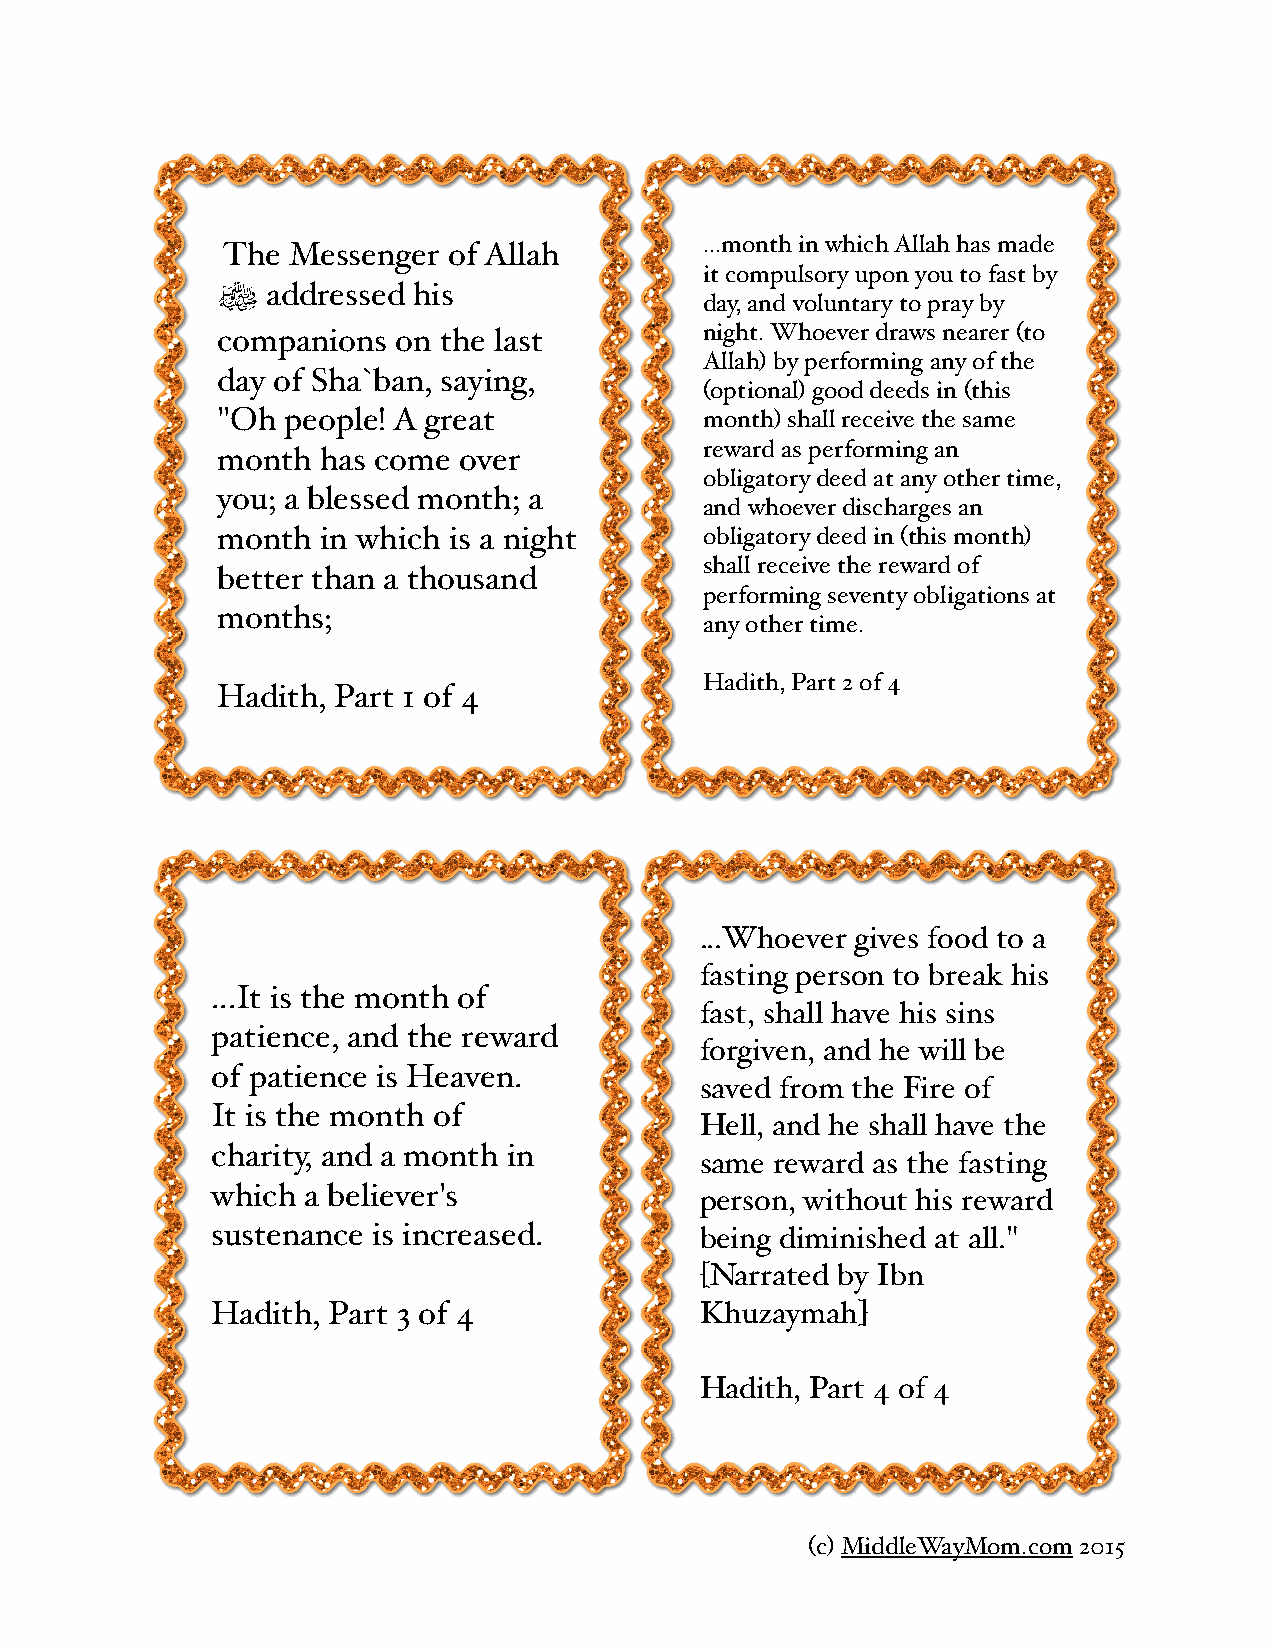
...month in which Allah has made
 The Messenger  of Allah
 it compulsory upon you to fast by
 ﷺ   addressed his
 day, and voluntary to pray by
 companions  on the last          night. Whoever draws nearer (to
 Allah) by performing any of the
 day of Sha`ban, saying,
 (optional) good deeds in (this
 "Oh  people! A great             month) shall receive the same
 reward as performing an
 month  has come over
 obligatory deed at any other time,
 you; a blessed month; a
 and whoever discharges an
 month  in which is a night       obligatory deed in (this month)
 shall receive the reward of
 better than a thousand
 performing seventy obligations at
 months;
 any other time.
 Hadith, Part 2 of 4
 Hadith, Part 1 of 4
 ...Whoever gives food to a
 fasting person to break his
 ...It is the month of
 fast, shall have his sins
 patience, and the reward
 forgiven, and he will be
 of patience is Heaven.
 saved from the Fire of
 It is the month of
 Hell, and he shall have the
 charity, and a month in
 same reward as the fasting
 which a believer's              person, without his reward
 sustenance is increased.        being diminished at all."
 [Narrated by Ibn
 Hadith, Part 3 of 4             Khuzaymah]
 Hadith, Part 4 of 4
 (c) MiddleWayMom.com 2015